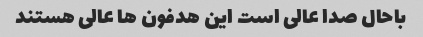
باحال صدا عالی است این هدفون ها عالی هستند